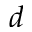
d